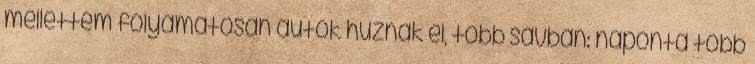
mellettem folyamatosan autók húznak el, több sávban: naponta több